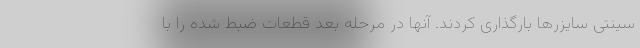
سینتی سایزرها بارگذاری کردند. آنها در مرحله بعد قطعات ضبط شده را با